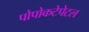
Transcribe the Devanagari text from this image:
पोपोकटेपेटल